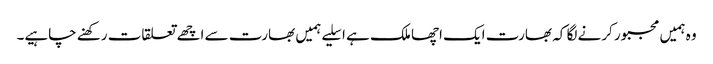
وہ ہمیں مجبور کرنے لگا کہ بھارت ایک اچھا ملک ہے ا سلیے ہمیں بھارت سے اچھے تعلقات رکھنے چاہیے۔